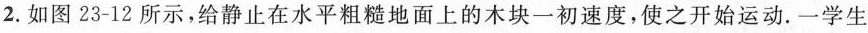
2.如图23-12所示，给静止在水平粗糙地面上的木块一初速度，使之开始运动。一学生